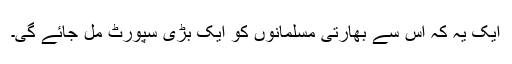
ایک یہ کہ اس سے بھارتی مسلمانوں کو ایک بڑی سپورٹ مل جائے گی۔